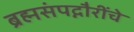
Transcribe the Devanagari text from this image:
ब्रह्मसंपद्गौरींचे